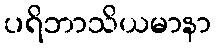
ပရိဘာသိယမာနာ